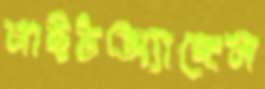
নাইটঅ্যাঙ্গেল